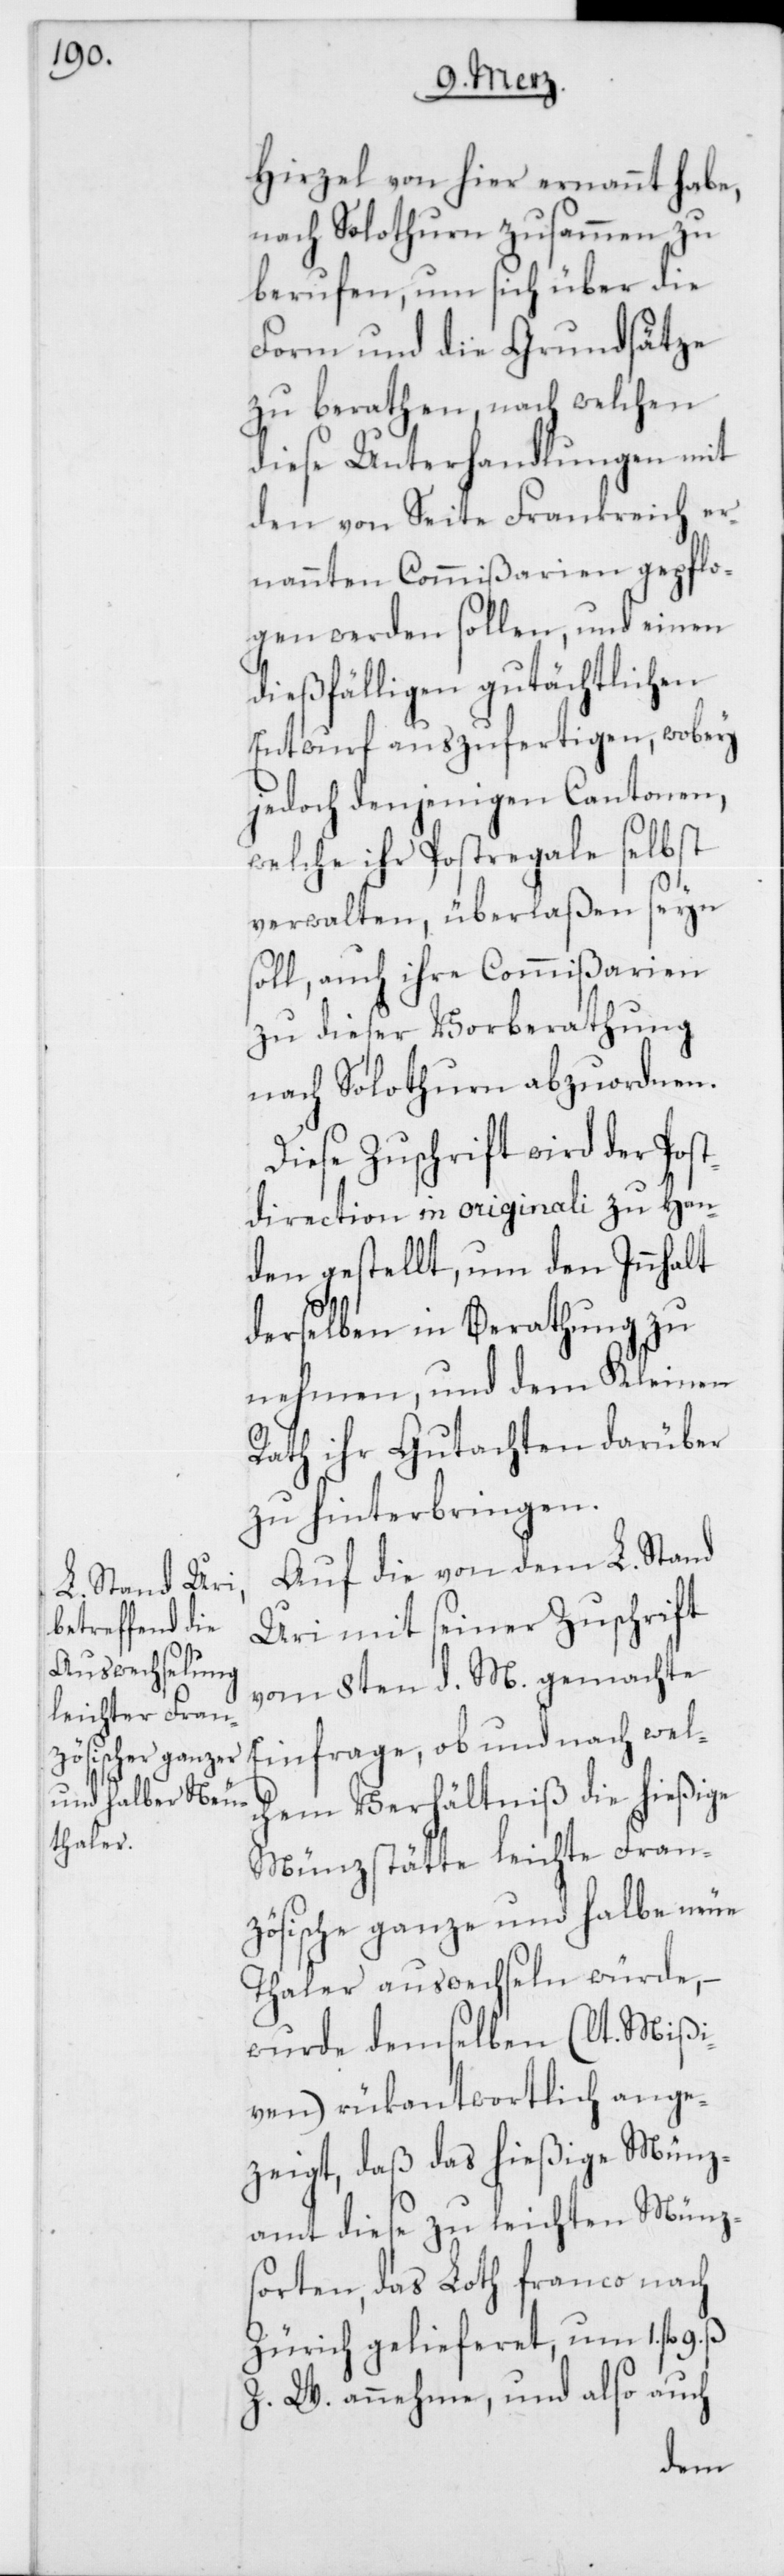
Hirzel von hier ernannt habe,
nach Solothurn zusammen zu
berufen, um sich über die
Form und die Grundsätze
zu berathen, nach welchen
diese Unterhandlungen mit
den von Seite Frankreich er¬
nannten Commißarien gepflo¬
gen werden sollen, und einen
dießfälligen gutächtlichen
Entwurf auszufertigen, wobey
jedoch denjenigen Cantonen,
welche ihr Postregale selbst
verwalten, überlaßen seyn
soll, auch ihre Commißarien
zu dieser Vorberathung
nach Solothurn abzuordnen.
Diese Zuschrift wird der Post¬
direction in originali zu Han¬
den gestellt, um den Innhalt
derselben in Berathung zu
nehmen, und dem Kleinen
Rath ihr Gutachten darüber
zu hinterbringen.
Auf die von dem L. Stand
wel¬
Uri mit seiner Zuschrift
vom 8ten d. M. gemachte
chem Verhältniß die hießige
Münzstätte leichte Fran¬
zösische ganze und halbe neue
Thaler auswechseln würde, –
wurde demselben (lt. Mißi¬
ven) rükantwortlich ange¬
zeigt, daß das hießige Münz¬
amt diese zu leichten Münz¬
sorten, das Loth franco nach
Zürich gelieferet, um 1. fl.
Z. W. annehme, und also auch